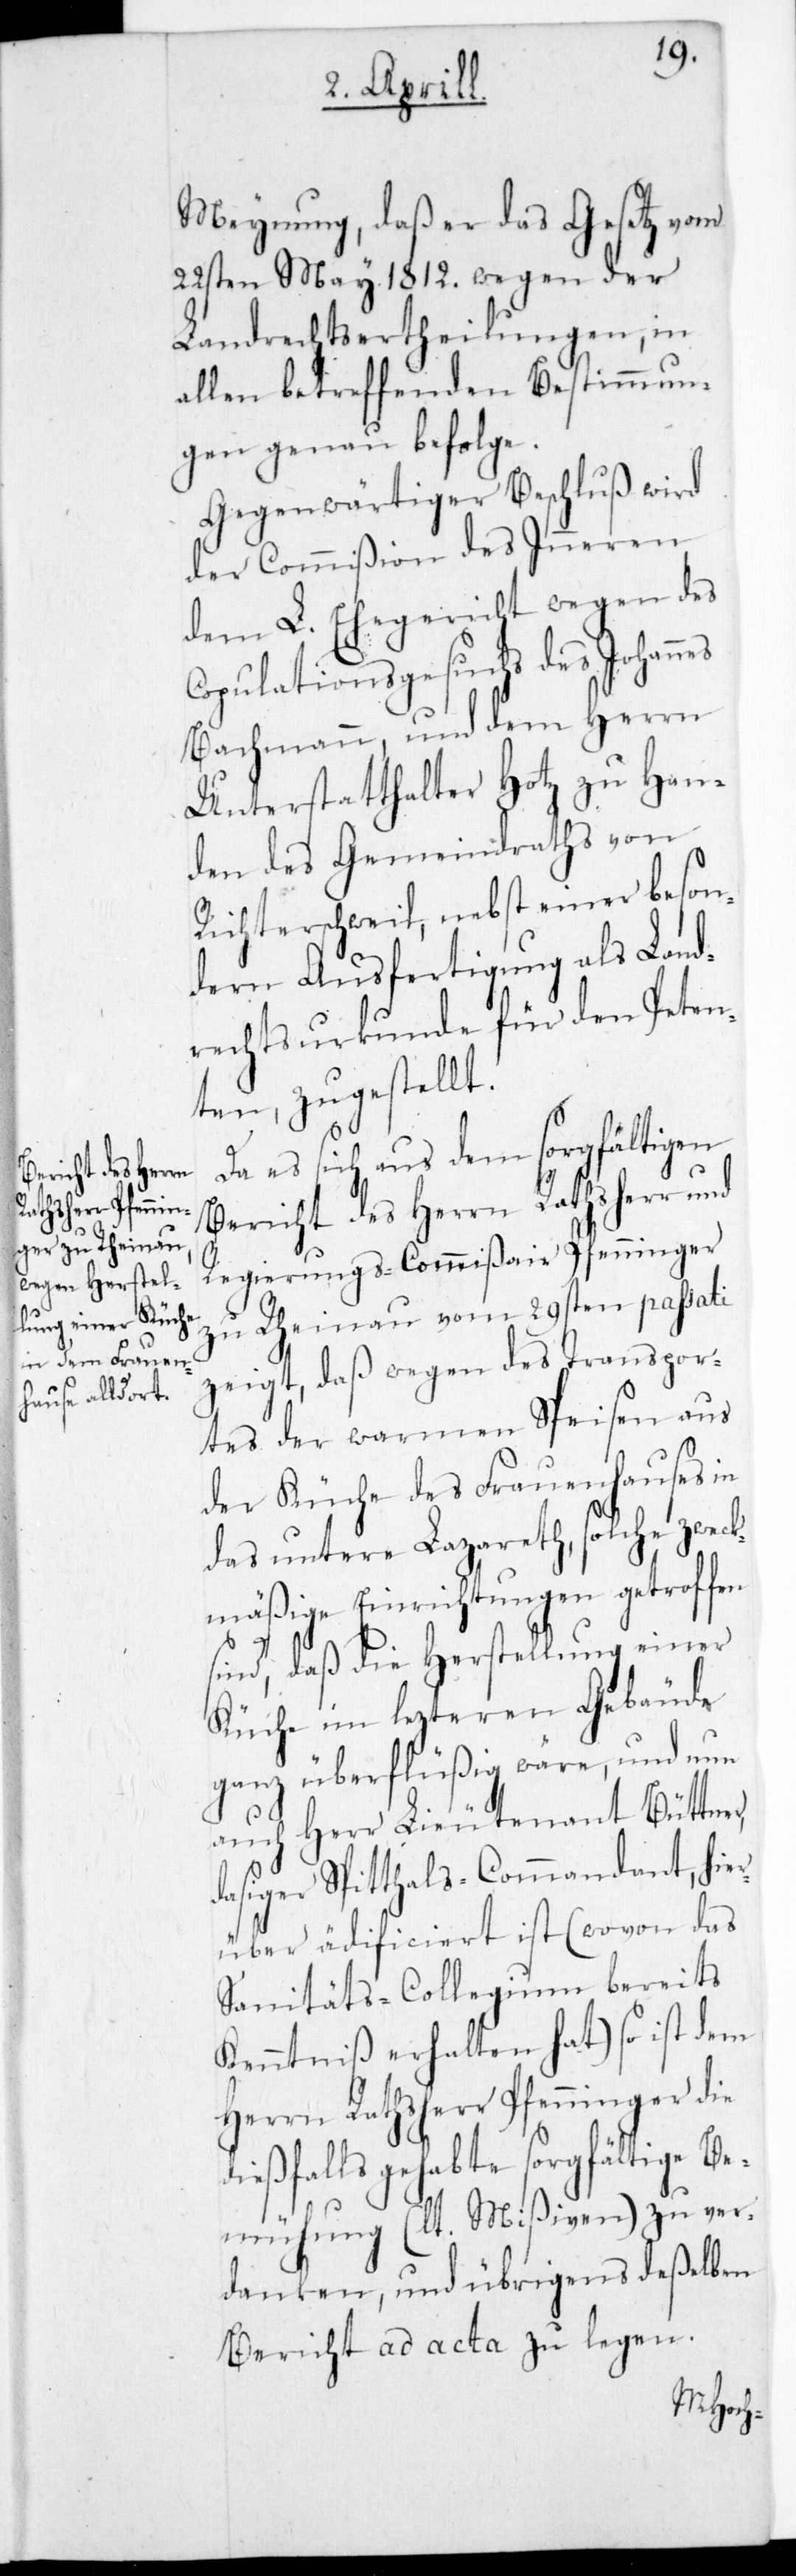
Meynung, daß er das Gesetz vom
22sten May 1812. wegen der
Landrechtsertheilungen, in
allen betreffenden Bestimmun¬
gen genau befolge.
Gegenwärtiger Beschluß wird
der Commißion des Inneren,
dem L. Ehegericht wegen des
Copulationsgesuchs des Johannes
Bachmann, und dem Herrn
Unterstatthalter Hotz zu Han¬
den des Gemeindraths von
Richterschweil, nebst einer beson¬
deren Ausfertigung als Land¬
rechtsurkunde für den Peten¬
ten zugestellt.
Da es sich aus dem sorgfältigen
Bericht des Herrn Rathsherr und
Regierungs-Commißair Pfenninger
zu Rheinau vom 29sten passati
zeigt, daß wegen des Transpor¬
tes der warmen Speisen aus
der Küche des Frauenhauses in
das untere Lazareth, solche zweck¬
mäßige Einrichtungen getroffen
sind, daß die Herstellung einer
Küche im letzteren Gebäude
ganz überflüßig wäre, und nun
auch Herr Lieutenant Büttner,
dasiger Spitthals-Commandant, hie¬
rüber ädificiert ist (wovon das
Sanitäts-Collegium bereits
Kenntniß erhalten hat) so ist dem
Herrn Rathsherr Pfenninger die
dießfalls gehabte sorgfältige Be¬
mühung (lt. Mißiven) zu ver¬
danken, und übrigens deßelben
Bericht ad acta zu legen.